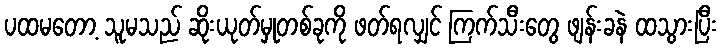
ပထမတော့ သူမသည် ဆိုးယုတ်မှုတစ်ခုကို ဖတ်ရလျှင် ကြက်သီးတွေ ဖျန်းခနဲ ထသွားပြီး